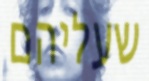
שעליהם